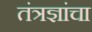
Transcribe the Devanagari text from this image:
तंत्रज्ञांचा